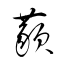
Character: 藐